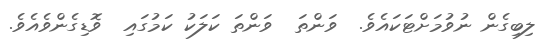
ލިބިގެން ނުވުމަށްޓަކައެވެ.  ވަންތަ  ވަންތަ ކަލަކު ކަމުގައި  ވޮޑިގެންވެއެވެ.